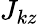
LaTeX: J_{kz}